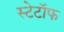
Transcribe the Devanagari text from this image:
स्टेटॉफ